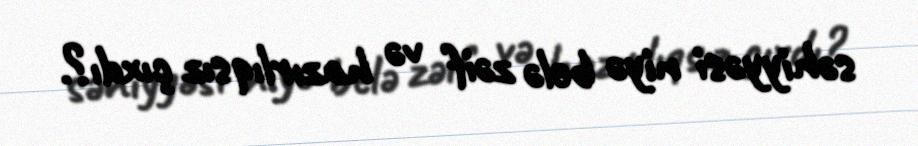
səhiyyəsi niyə belə zəif və hazırlıqsız çıxdı?.